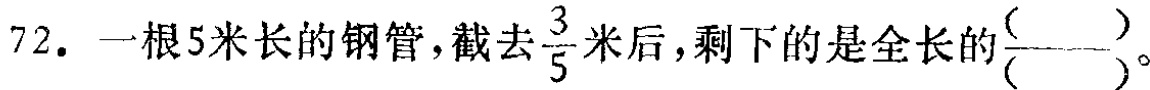
72. 一根5米长的钢管，截去$\frac{3}{5}$米后，剩下的是全长的$\frac{(\space\space\space\space)}{(\space\space\space\space)}$。